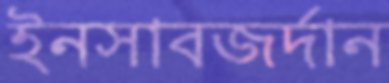
ইনসাবজর্দান